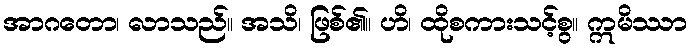
အာဂတော၊ လာသည်။ အသိ၊ ဖြစ်၏။ ဟိ၊ ထိုစကားသင့်စွ။ ဣမိဿာ